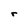
Character: r